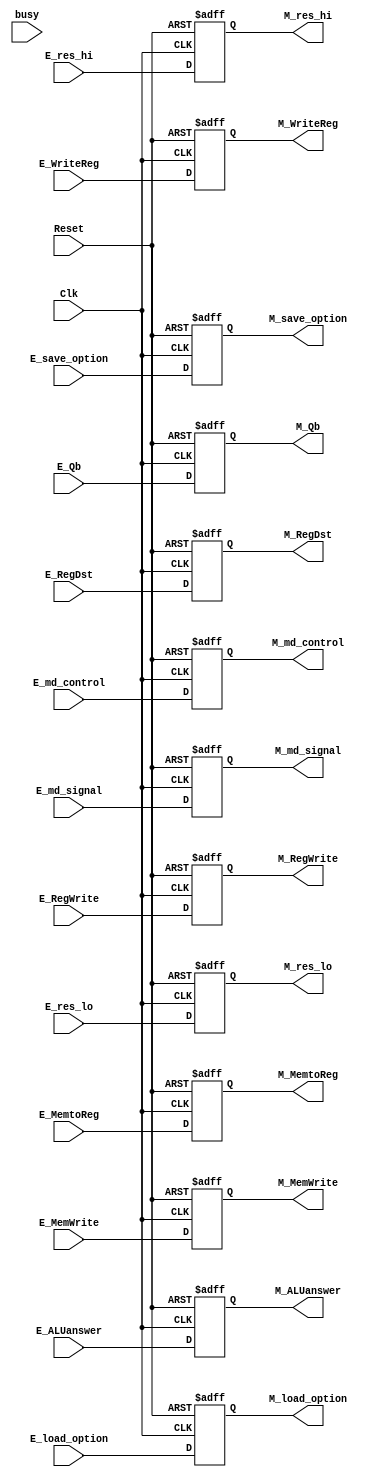
`timescale 1ns / 1ps
//////////////////////////////////////////////////////////////////////////////////
// Company: 
// Engineer: 
// 
// Design Name: 
// Module Name: REG_EX_MEM
// Project Name: 
// Target Devices: 
// Tool Versions: 
// Description: 
// 
// Dependencies: 
// 
// Revision:
// Revision 0.01 - File Created
// Additional Comments:
// 
//////////////////////////////////////////////////////////////////////////////////


module REG_EX_MEM(E_md_control,E_md_signal,E_res_hi,E_res_lo,E_RegWrite,E_RegDst,E_MemWrite,E_MemtoReg,E_WriteReg,E_Qb,E_ALUanswer,E_load_option,E_save_option,Clk,Reset,
M_md_control,M_md_signal,M_res_hi,M_res_lo,M_RegWrite,M_RegDst,M_MemWrite,M_MemtoReg,M_WriteReg,M_Qb,M_ALUanswer,M_load_option,M_save_option,busy);

    input [31:0] E_ALUanswer,E_Qb,E_res_hi,E_res_lo;
    input [4:0] E_WriteReg;
    input [2:0] E_load_option,E_md_control;
    input [1:0] E_save_option;
    input [3:0] busy;
    input Clk,Reset,E_md_signal;
    input E_RegWrite,E_RegDst,E_MemWrite,E_MemtoReg;

    output reg[31:0] M_ALUanswer ,M_Qb,M_res_hi,M_res_lo;
    output reg[4:0] M_WriteReg;
    output reg[2:0] M_load_option,M_md_control;
    output reg[1:0] M_save_option;
    output reg M_RegWrite,M_RegDst,M_MemWrite,M_MemtoReg,M_md_signal;

    initial begin
        M_ALUanswer = 0;
        M_MemtoReg = 0;
        M_MemWrite = 0;
        M_Qb = 0;
        M_RegDst = 0;
        M_RegWrite = 0;
        M_WriteReg = 0;
        M_load_option = 0;
        M_save_option = 0;
        M_md_signal = 0;
        M_res_hi = 0;
        M_res_lo = 0;
        M_md_control = 0;
    end

    always @(posedge Clk or negedge Reset)  begin  
    /*
    if (busy!=0)begin
        M_ALUanswer = 0;
        M_MemtoReg = 0;
        M_MemWrite = 0;
        M_Qb = 0;
        M_RegDst = 0;
        M_RegWrite = 0;
        M_WriteReg = 0;
        M_load_option = 0;
        M_save_option = 0;
        M_md_signal = 0;
        M_res_hi = 0;
        M_res_lo = 0;
        M_md_control = 0;
    end
    else begin
    */
        if (!Reset)begin  
            M_ALUanswer = 0;
            M_MemtoReg = 0;
            M_MemWrite = 0;
            M_Qb = 0;
            M_RegDst = 0;
            M_RegWrite = 0;
            M_WriteReg = 0;
            M_load_option = 0;
            M_save_option = 0;
            M_md_signal = 0;
            M_res_hi = 0;
            M_res_lo = 0;
            M_md_control = 0;
            end  
        else   
            begin
                M_ALUanswer = E_ALUanswer;
                M_MemtoReg = E_MemtoReg;
                M_MemWrite = E_MemWrite;
                M_Qb = E_Qb;
                M_RegDst = E_RegDst;
                M_RegWrite = E_RegWrite;
                M_WriteReg = E_WriteReg;
                M_load_option = E_load_option;
                M_save_option = E_save_option;
                M_md_signal = E_md_signal;
                M_res_hi = E_res_hi;
                M_res_lo = E_res_lo;
                M_md_control = E_md_control;
            end 
        //end 
    end

endmodule